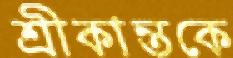
শ্রীকান্তকে